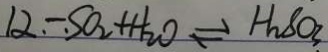
1 2 _ { . } - _ { . } S O _ { 2 } + H _ { 2 } O \rightleftharpoons H _ { 2 } S O _ { 3 }